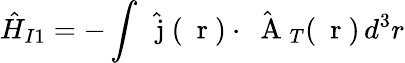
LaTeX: \hat{H}_{I1}=-\int\hat{\mathrm{~\mathbf~j~}}(\mathrm{~\mathbf~r~})\cdot\hat{\mathrm{~\mathbf~A~}}_{T}(\mathrm{~\mathbf~r~})\, d^{3}r